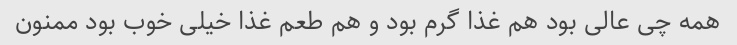
همه چی عالی بود هم غذا گرم بود و هم طعم غذا خیلی خوب بود ممنون